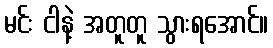
မင်း ငါနဲ့ အတူတူ သွားရအောင်။